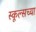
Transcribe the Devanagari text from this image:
स्कूल्सच्या